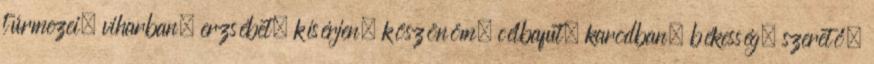
túrmezei, viharban, erzsébet, kísérjen, köszönöm, célbafut, karodban, békesség, szerető,